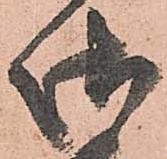
御